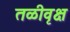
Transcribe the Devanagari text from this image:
तळीवृक्ष